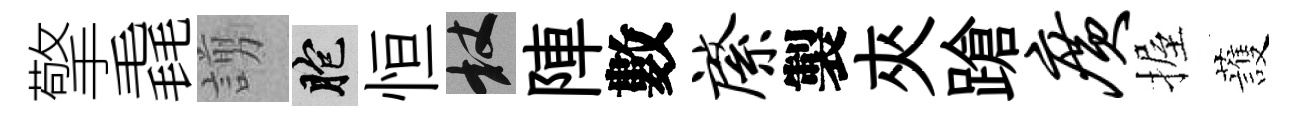
擎毳謭胞恒杖陣數綮製夾蹌广握䕶